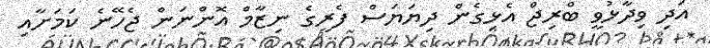
އަދި ވިދާޅުވީ ބްރިޖް އެޅިގެން ދިޔަޔަސް ފެރީގެ ނިޒާމް އޮންނަން ޖެހޭނެ ކަމަށާއި